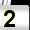
Digit: 2